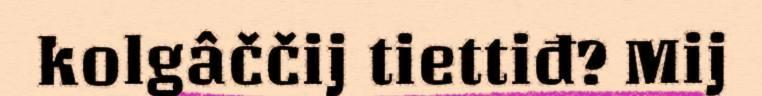
kolgâččij tiettiđ? Mij